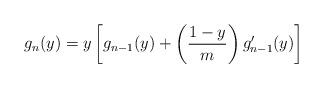
LaTeX: \begin{align*}g_n(y)&=y\left[g_{n-1}(y)+\left(\frac{1-y}{m}\right)g'_{n-1}(y)\right]\end{align*}